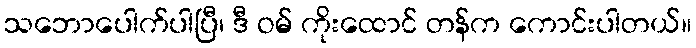
သဘောပေါက်ပါပြီ၊ ဒီ ဝမ် ကိုးထောင် တန်က ကောင်းပါတယ်။